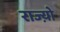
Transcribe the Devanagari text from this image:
राज्य़ो